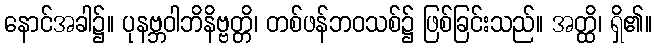
နောင်အခါ၌။ ပုနဗ္ဘဝါဘိနိဗ္ဗတ္တိ၊ တစ်ဖန်ဘဝသစ်၌ ဖြစ်ခြင်းသည်။ အတ္ထိ၊ ရှိ၏။